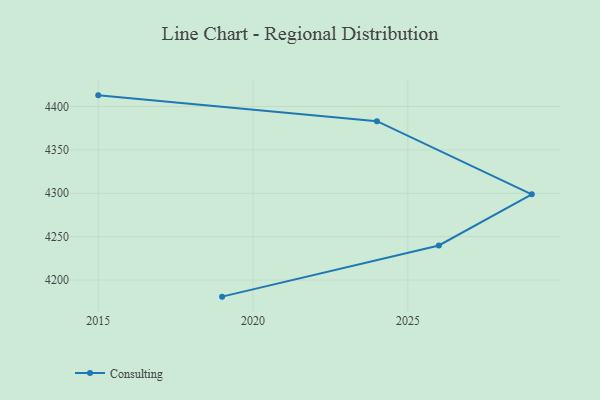
{"axis": {"x": "Year", "y": "Waste Production (Tons)"}, "legend": ["Consulting"], "data": [{"x": "2019", "y": 4180.9, "type": "Consulting"}, {"x": "2026", "y": 4239.9, "type": "Consulting"}, {"x": "2029", "y": 4298.8, "type": "Consulting"}, {"x": "2024", "y": 4383.0, "type": "Consulting"}, {"x": "2015", "y": 4412.8, "type": "Consulting"}]}